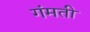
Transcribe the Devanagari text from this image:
गंमती